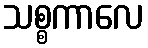
သစ္စကာလေ